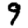
Digit: 9